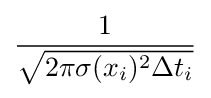
{\frac {1}{\sqrt {2\pi \sigma (x_{i})^{2}\Delta t_{i}}}}